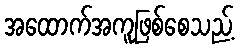
အထောက်အကူဖြစ်စေသည့်